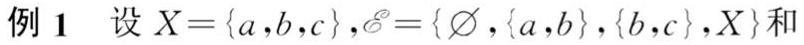
例 1 设 $X = \{a,b,c\}, \mathscr{E} = \{\varnothing, \{a,b\}, \{b,c\}, X\}$ 和